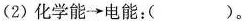
(2)化学能\rightarrow电能：( )。